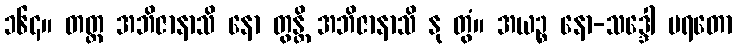
၁၆၄။ တတ္ထ အဘိဇာနာသိ နော တွန္တိ အဘိဇာနာသိ နု တွံ။ အယဉ္စ နော-သဒ္ဒေါ ပရတော